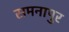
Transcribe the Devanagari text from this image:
समनापुर